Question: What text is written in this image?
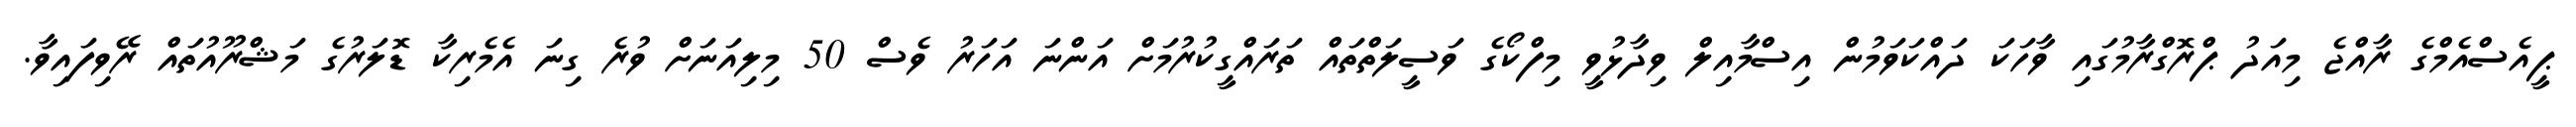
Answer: ޕީއެސްއެމްގެ ރާއްޖެ މިއަދު ޕްރޮގްރާމުގައި ވާހަކަ ދައްކަވަމުން އިސްމާއިލް ވިދާޅުވީ މިފްކޯގެ ވަސީލަތްތައް ތަރައްގީކުރުމަށް އަންނަ އަހަރު ވެސް 50 މިލިއަނަށް ވުރެ ގިނަ އެމެރިކާ ޑޮލަރުގެ މަޝްރޫއުތައް ރޭވިފައިވާ.